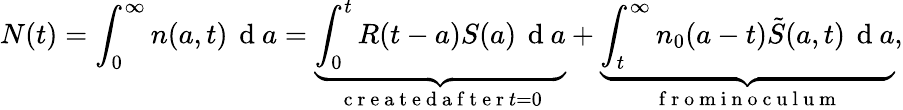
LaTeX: N(t)=\int_{0}^{\infty}{n(a,t)\, \mathrm{~d~}a=\underbrace{\int_{0}^{t}{R(t-a)S(a)\, \mathrm{~d~}a}}_{\mathrm{~c~r~e~a~t~e~d~a~f~t~e~r~}t=0}+\underbrace{\int_{t}^{\infty}{{{n}_{0}}(a-t)\tilde{S}({a,t})\, \mathrm{~d~}a}}_{\mathrm{~f~r~o~m~i~n~o~c~u~l~u~m~}}},